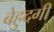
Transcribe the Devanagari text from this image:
बेहुदगी